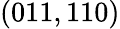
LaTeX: (011,110)